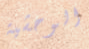
الوحشية